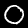
Label: 0